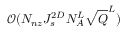
\mathcal { O } ( N _ { n z } J _ { s } ^ { 2 D } N _ { A } ^ { L } \sqrt { Q } ^ { L } )